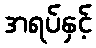
အရပ်နှင့်